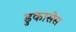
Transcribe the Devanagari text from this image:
डुकासेस